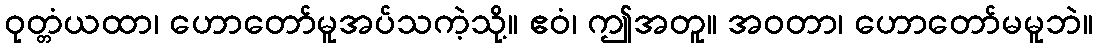
ဝုတ္တံယထာ၊ ဟောတော်မူအပ်သကဲ့သို့။ ဧဝံ၊ ဤအတူ။ အဝတာ၊ ဟောတော်မမူဘဲ။